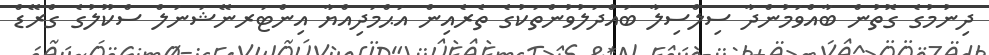
ދިނުމުގެ ގޮތުން ބާއްވަމުންދާ ސިލްސިލާ ބައްދަލުވުންތަކުގެ ތެރެއިން އަޙްމަދިއްޔާ އިންޓަރނޭޝަނަލް ސްކޫލުގެ ގްރޭޑް